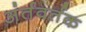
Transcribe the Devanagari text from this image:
अंर्तवर्तक